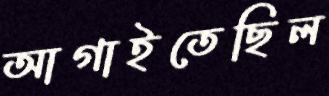
আগাইতেছিল